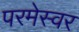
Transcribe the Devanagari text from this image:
परमेस्वर